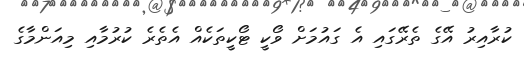
ކުރާއިރު އޭގެ ތެރޭގައި އެ ގައުމަށް ވޯކީ ޓޯކީތަކެއް އެތެރެ ކުރުމާއި މިއަންމާގެ